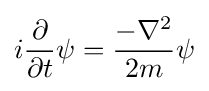
i{\partial  \over \partial t}\psi ={-\nabla ^{2} \over 2m}\psi